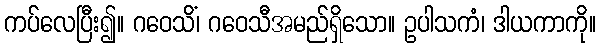
ကပ်လေပြီး၍။ ဂဝေသိံ၊ ဂဝေသီအမည်ရှိသော။ ဥပါသကံ၊ ဒါယကာကို။